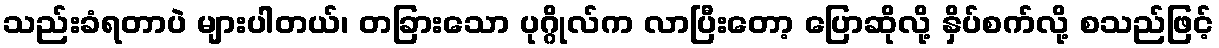
သည်းခံရတာပဲ များပါတယ်၊ တခြားသော ပုဂ္ဂိုလ်က လာပြီးတော့ ပြောဆိုလို့ နှိပ်စက်လို့ စသည်ဖြင့်